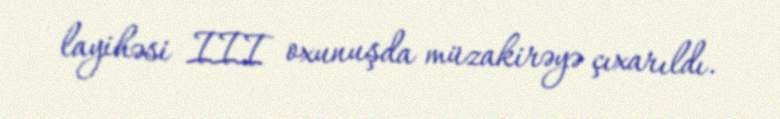
layihəsi III oxunuşda müzakirəyə çıxarıldı.